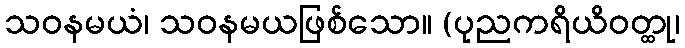
သဝနမယံ၊ သဝနမယဖြစ်သော။ (ပုညကရိယိဝတ္ထု၊